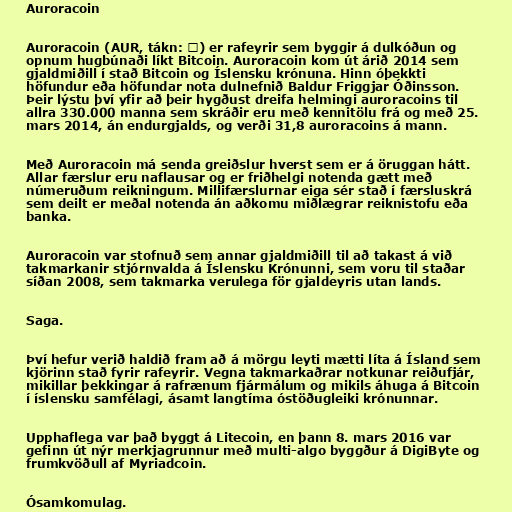
Auroracoin

Auroracoin (AUR, tákn: ᚠ) er rafeyrir sem byggir á dulkóðun og
opnum hugbúnaði líkt Bitcoin. Auroracoin kom út árið 2014 sem
gjaldmiðill í stað Bitcoin og Íslensku krónuna. Hinn óþekkti
höfundur eða höfundar nota dulnefnið Baldur Friggjar Óðinsson.
Þeir lýstu því yfir að þeir hygðust dreifa helmingi auroracoins til
allra 330.000 manna sem skráðir eru með kennitölu frá og með 25.
mars 2014, án endurgjalds, og verði 31,8 auroracoins á mann.

Með Auroracoin má senda greiðslur hverst sem er á öruggan hátt.
Allar færslur eru naflausar og er friðhelgi notenda gætt með
númeruðum reikningum. Millifærslurnar eiga sér stað í færsluskrá
sem deilt er meðal notenda án aðkomu miðlægrar reiknistofu eða
banka.

Auroracoin var stofnuð sem annar gjaldmiðill til að takast á við
takmarkanir stjórnvalda á Íslensku Krónunni, sem voru til staðar
síðan 2008, sem takmarka verulega för gjaldeyris utan lands.

Saga.

Því hefur verið haldið fram að á mörgu leyti mætti líta á Ísland sem
kjörinn stað fyrir rafeyrir. Vegna takmarkaðrar notkunar reiðufjár,
mikillar þekkingar á rafrænum fjármálum og mikils áhuga á Bitcoin
í íslensku samfélagi, ásamt langtíma óstöðugleiki krónunnar.

Upphaflega var það byggt á Litecoin, en þann 8. mars 2016 var
gefinn út nýr merkjagrunnur með multi-algo byggður á DigiByte og
frumkvöðull af Myriadcoin.

Ósamkomulag.